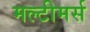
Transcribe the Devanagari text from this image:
मल्टीमर्स